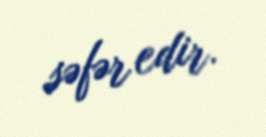
səfər edir.